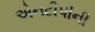
એનટીપીની